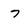
Character: 7